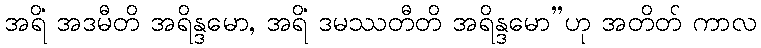
အရိံ အဒမီတိ အရိန္ဒမော, အရိံ ဒမဿတီတိ အရိန္ဒမော”ဟု အတိတ် ကာလ